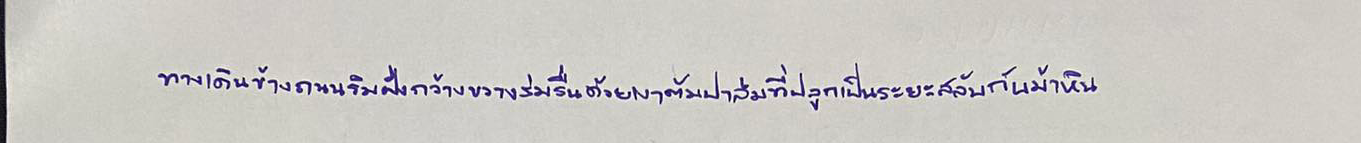
ทางเดินข้างถนนริมฝั่งกว้างขวางร่มรื่นด้วยเงาต้นปาล์มที่ปลูกเป็นระยะสลับกับม้าหิน